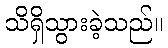
သိရှိသွားခဲ့သည်။